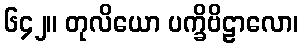
၆၄၂။ တုလိယော ပက္ခိဗိဠာလော၊